Voru_kinnistusamet, lk 26
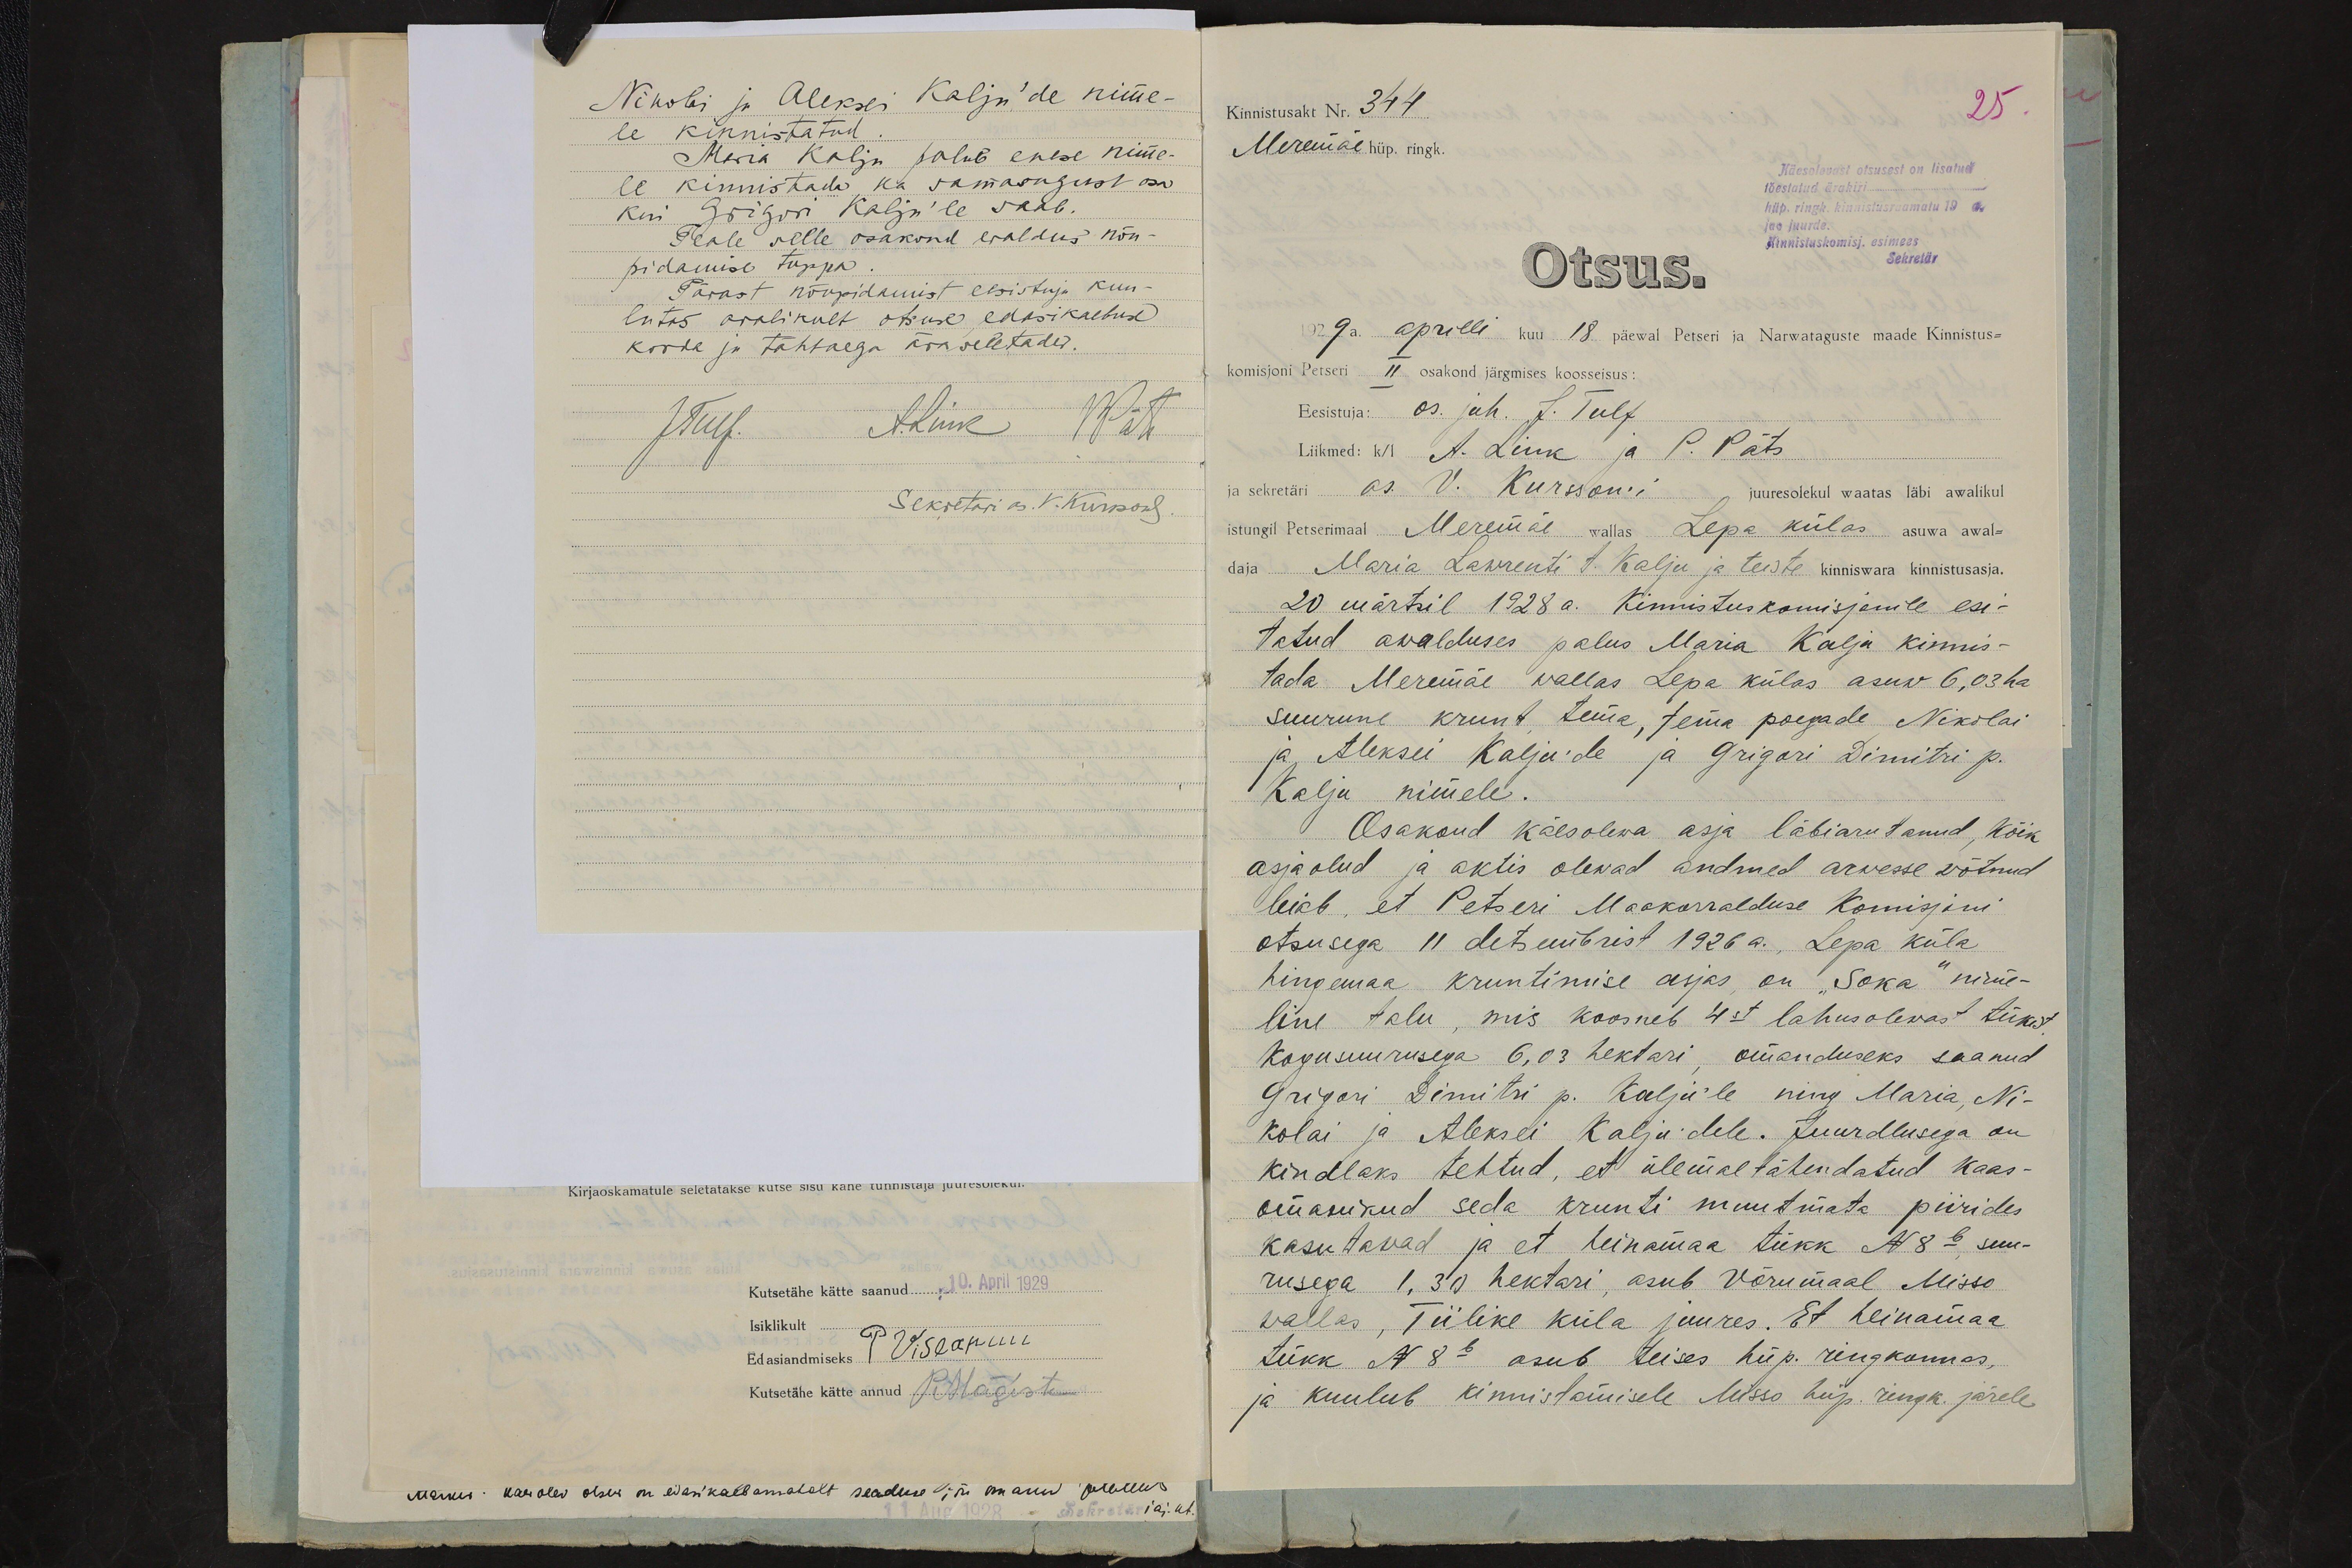
Nikolai ja Aleksei Kalju'de nime-
le kinnistatud.
Maria Kalju palub enese nime-
le kinnistada ka samasugust osa
kui Grigori Kalju'le saab.
Peale selle osakond eraldus nõu-
pidamise tuppa.
Pärast nõupidamist eesistuja kuu-
lutas avalikult otsuse edasikaebuse
korda ja tähtaega äraseletades.
JTulf.
A.Link PPäts
Sekretäri as. V. Kursson

Kinnistusakt Nr. 344
Meremäe hüp. ringk.
25.
Käesolevast otsusest on lisatud
tõestatud ärakiri
hüp. ringk. kinnistusraamatu 19 a
jao juurde.
Kinnistuskomisj. esimees
Sekretär
Otsus.
1929a. aprilli kuu 18 päewal Petseri ja Narwataguste maade Kinnistus-
komisjoni Petseri II osakond järgmises koosseisus:
Eesistuja: os. juh. J. Tulf
Liikmed: k/l A. Link ja P. Päts
ja sekretäri as. V. Kursson´i juuresolekul waatas läbi awalikul
istungil Petserimaal Meremäe wallas Lepa külas asuwa awal-
daja Maria Lawrenti t. Kalju ja teiste kinniswara kinnistusasja.
20 märtsil 1928 a. Kinnistuskomisjonile esi-
tatud awalduses palus Maria Kalju kinnis-
tada Meremäe wallas Lepa külas asuw 6,03 ha
suurune krunt tema, tema poegade Nikolai
ja Aleksei Kalju'de ja Grigori Dimitri p.
Kalju nimele.
Osakond käesolewa asja läbiarutanud, kõik
asjaolud ja aktis olewad andmed arwesse wõtnud
leiab, et Petseri Maakorralduse Komisjoni
otsusega 11 detsembrist 1926 a., Lepa küla
hingemaa kruntimise asjas, on "Soka" nime-
line talu, mis koosneb 4st lahusolewast tükist
kogusuurusega 6,03 hektari, omanduseks saanud
Grigori Dimitri p. Kalju'le ning Maria, Ni-
kolai ja Aleksei Kalju´dele. Juurdlusega on
kindlaks tehtud, et ülemaltähendatud kaas-
omanikud seda krunti muutmata piirides
kasutavad ja et heinamaa tükk N 8b suu-
rusega 1,30 hektari, asub Võrumaal Misso
wallas, Tiilike küla juures. Et heinamaa
tükk N 8b asub teises hüp. ringkonnas,
ja kuulub kinnistamisele Misso hüp. ringk. järele

Kutsetähe kätte saanud: 10. April 1929
Isiklikult
Edasiandmiseks P Vislapuu
Kutsetähe kätte annud PMägiste